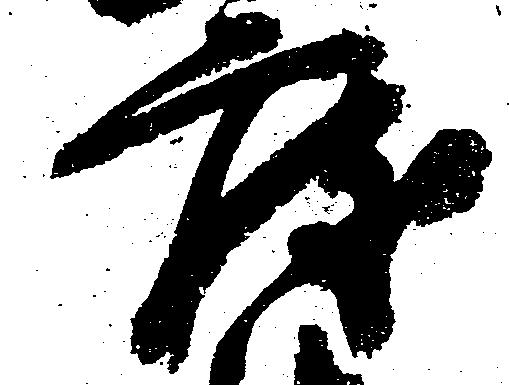
度